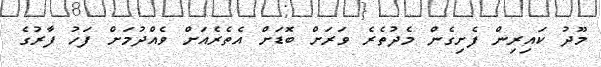
މޫދު ކައިރިން ފެށިގެން މެދުތެރެ ވަރަށް ބޮޑަށް އެތެރެއަށް ވެއްދުމަށް ފަހު ފާރުގެ